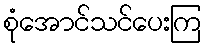
စုံအောင်သင်ပေးကြ